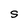
Character: S